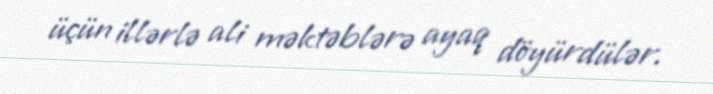
üçün illərlə ali məktəblərə ayaq döyürdülər.